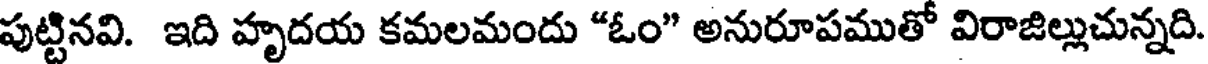
పుట్టినవి. ఇది హృదయ కమలమందు "ఓం" అనురూపముతో విరాజిల్లుచున్నది.